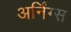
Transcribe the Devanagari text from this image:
अर्निंग्स